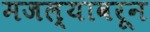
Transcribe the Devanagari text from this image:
मजल्यावरून